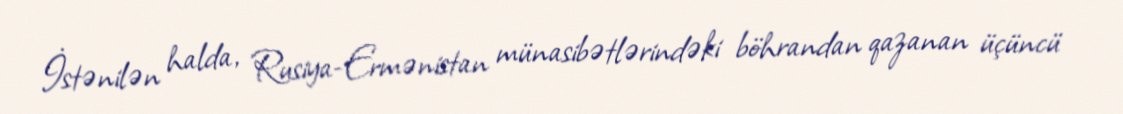
İstənilən halda, Rusiya-Ermənistan münasibətlərindəki böhrandan qazanan üçüncü